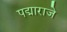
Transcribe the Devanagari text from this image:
पद्माराजे